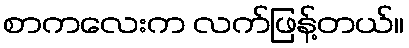
စာကလေးက လက်ဖြန့်တယ်။